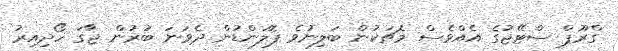
ގްރޫޕް ސްޓޭޖުގެ އެއްވެސް މެޗަކުން ބަލިނުވެ ޕޮލަންޑުން ދެވަނަ ބުރުން ޖާގަ ހޯދިއިރު